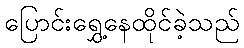
ပြောင်းရွှေ့နေထိုင်ခဲ့သည်